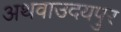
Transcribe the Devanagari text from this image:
अथवाउदयपुर